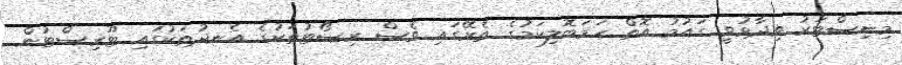
މިނިސްޓަރު ވިދާޅުވީ ގައުމު އޮތް ހަމަބޮލިކަމުގެ ތެރޭގައި ވެސް ރިސޯޓުތަކުގެ އެނދުތަކުގައި ޓޫރިސްޓުން